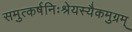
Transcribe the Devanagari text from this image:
समुत्कर्षनिःश्रेयस्यैकमुग्रम्‌